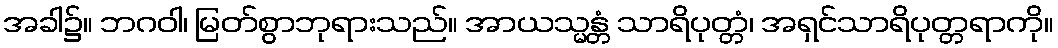
အခါ၌။ ဘဂဝါ၊ မြတ်စွာဘုရားသည်။ အာယသ္မန္တံ သာရိပုတ္တံ၊ အရှင်သာရိပုတ္တရာကို။